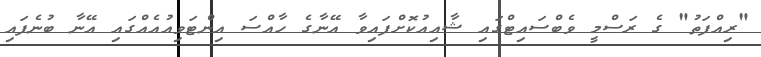
"ރިއްފަތު" ގެ ރަސްމީ ވެބްސައިޓްގައި ޝާއިއުކޮށްފައިވާ އޭނާގެ ހާއްސަ އިންޓަވިއުއެއްގައި އޭނާ ބުނެފައި